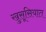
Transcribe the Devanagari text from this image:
खुसूसियात